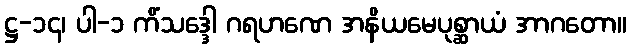
ဋ္ဌ-၁၄၊ ပါ-၁ ကိံသဒ္ဒေါ ဂရဟဏေ အနိယမေပုစ္ဆာယံ အာဂတော။